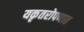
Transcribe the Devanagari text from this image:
यकृतरोपणात